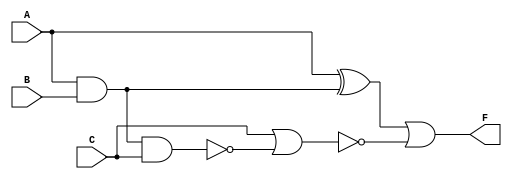
`timescale 1ns / 1ps


module devre(

    input A,B,C,
    output F

    );
    wire k1;
    and kapi1(k1,A,B);
    
    wire k2;
    and kapi2(k2,C,1);
    
    wire k3;
    nand kapi3(k3,k1,k2);
    
    wire k4;
    xor kapi4(k4,A,k1);
    
    wire k5;
    nor kapi5(k5,k2,k3);
    
    
    or kapi6(F,k4,k5);
    
endmodule